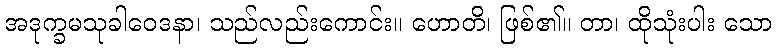
အဒုက္ခမသုခါဝေဒနာ၊ သည်လည်းကောင်း။ ဟောတိ၊ ဖြစ်၏။ တာ၊ ထိုသုံးပါး သော